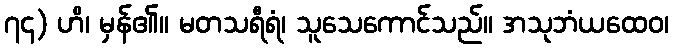
၇၄) ဟိ၊ မှန်၏။ မတသရီရံ၊ သူသေကောင်သည်။ အသုဘံယထေဝ၊